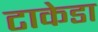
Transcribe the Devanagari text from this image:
टाकेडा